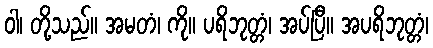
ဝါ၊ တို့သည်။ အမတံ၊ ကို။ ပရိဘုတ္တံ၊ အပ်ပြီ။ အပရိဘုတ္တံ၊